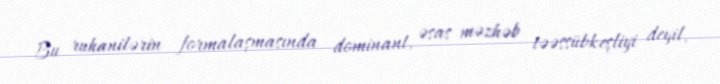
Bu ruhanilərin formalaşmasında dominant, əsas məzhəb təəssübkeşliyi deyil,